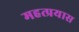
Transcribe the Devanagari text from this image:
महत्प्रयास